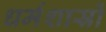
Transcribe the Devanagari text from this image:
धर्मशास्रों